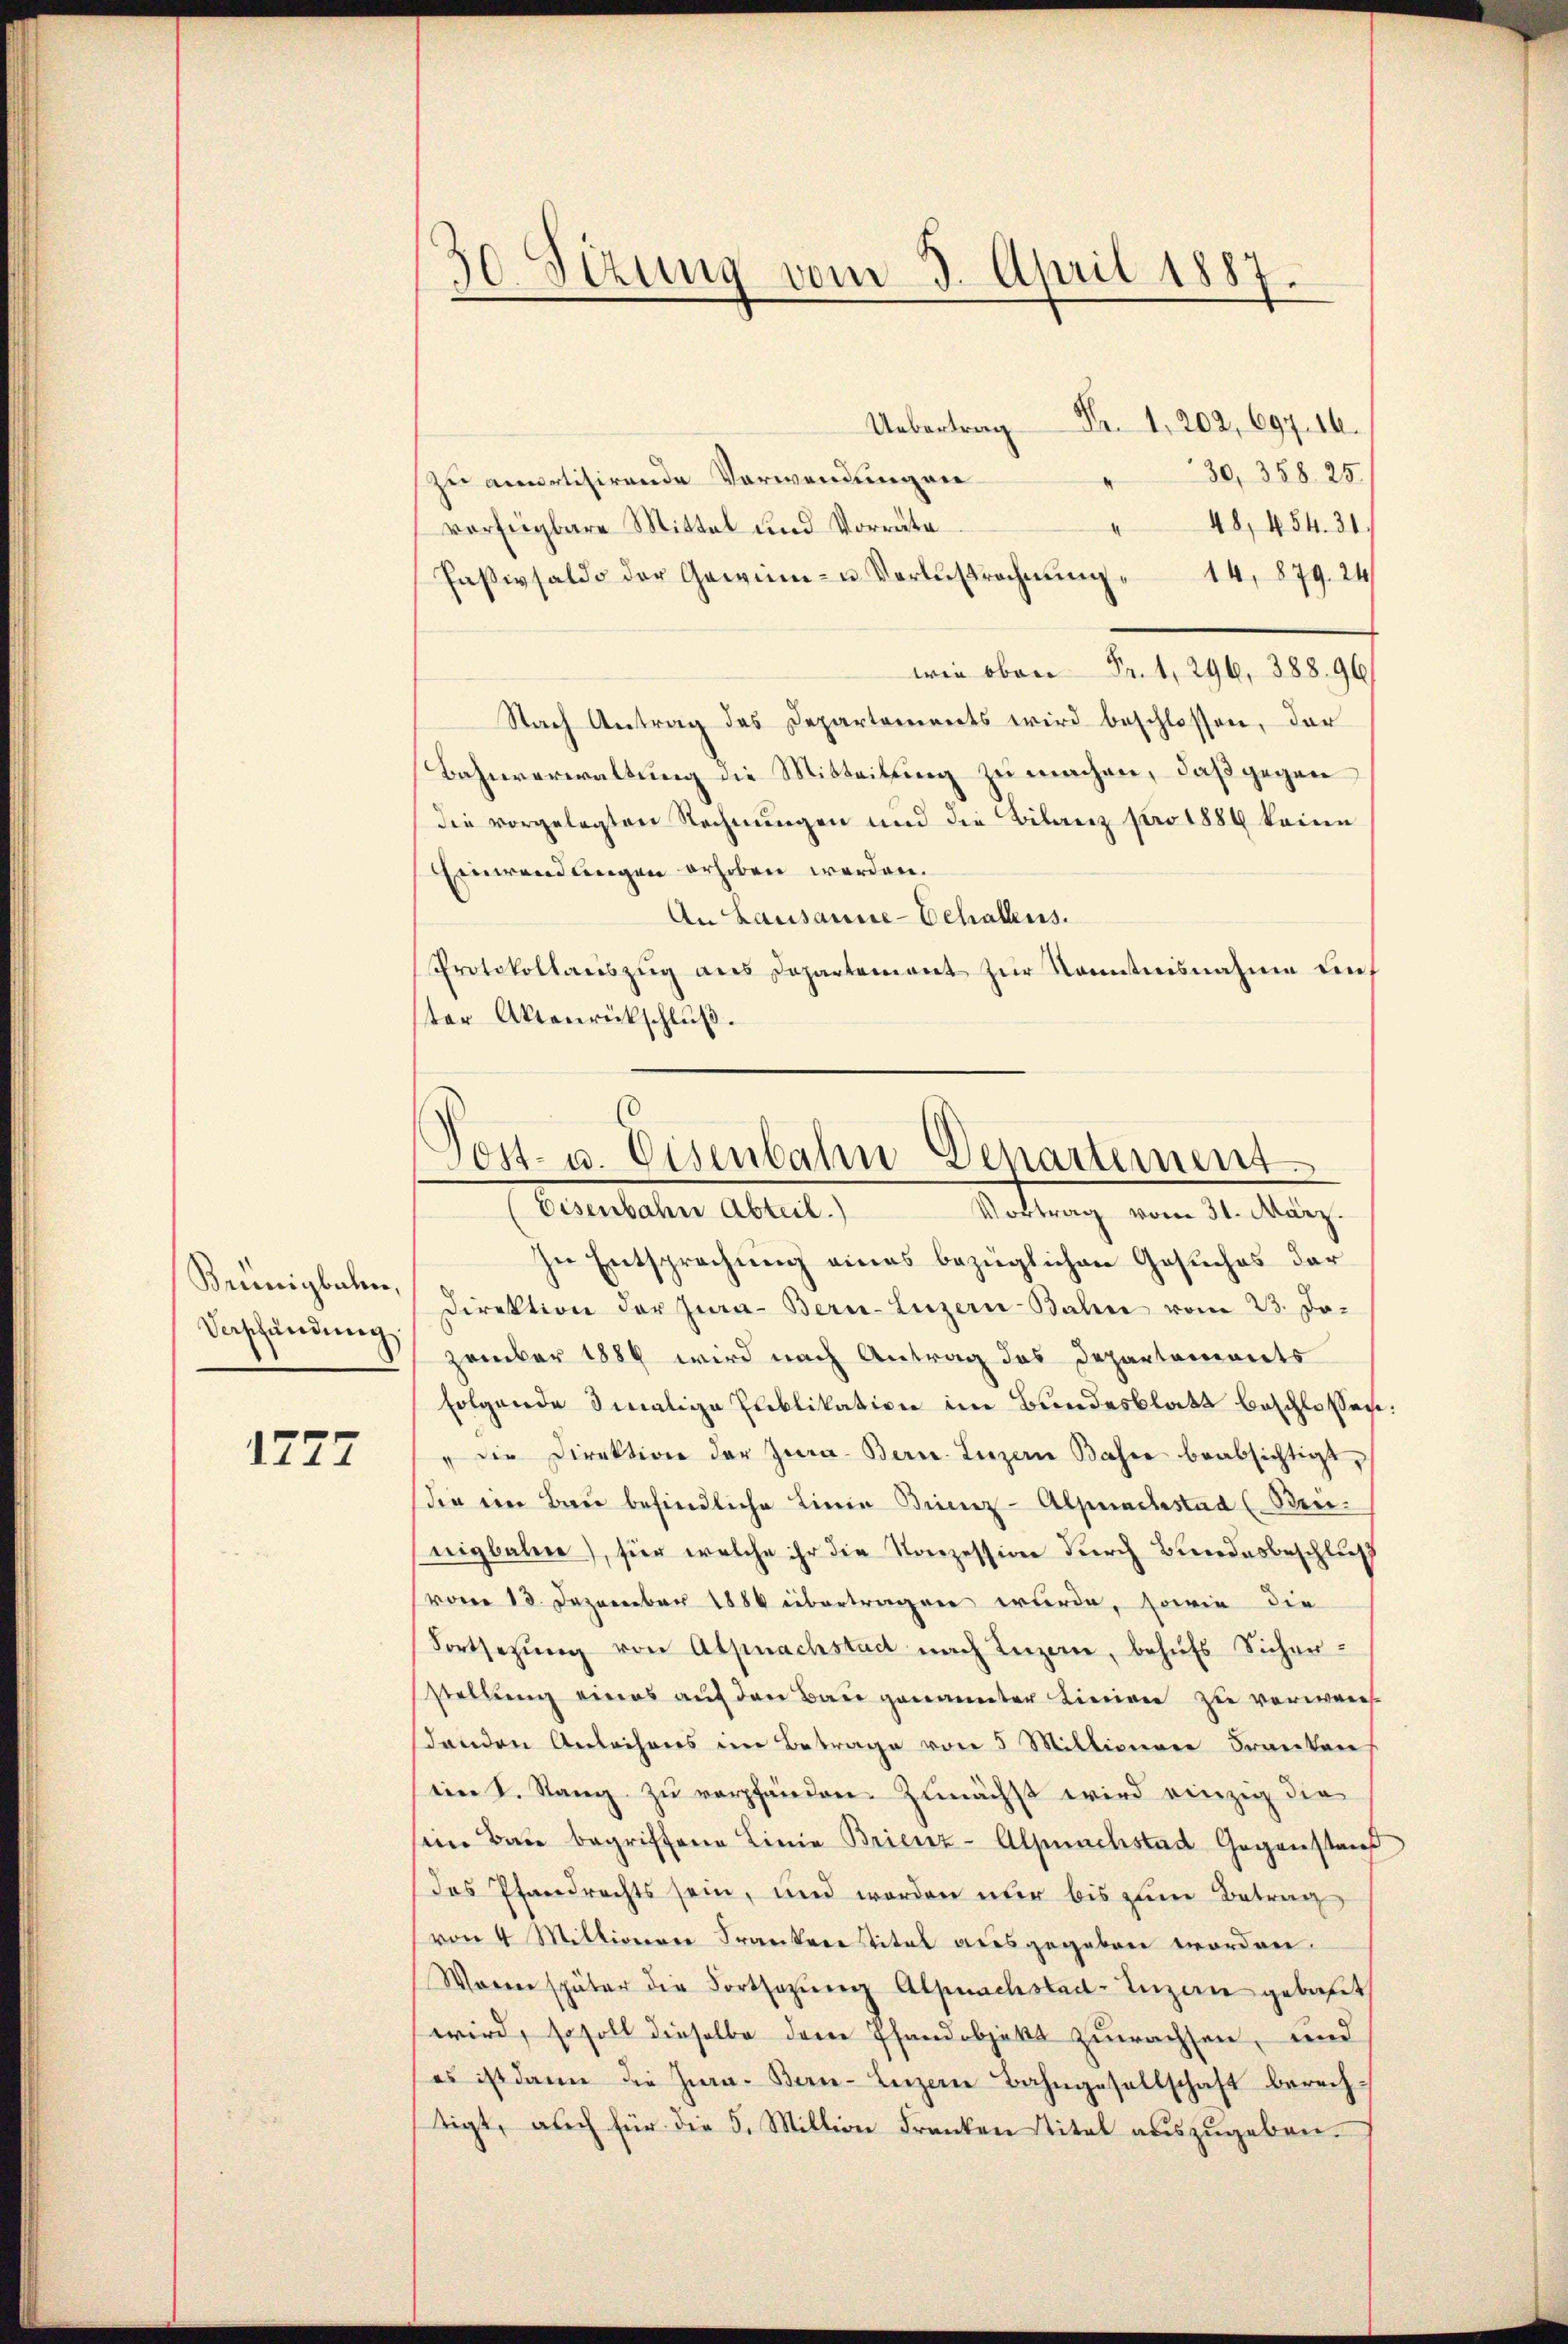
Brünigbalen,
Verschändung.

1277

30. Sezung vom 3. April 1887.

Uebertrag Fr. 1, 202, 697. 10.
30, 358. 25.
zu amortisirende Verwendungen
48, 454. 31.
4
vorfügbare Mittel und Vorräte
Paβivsaldo der Gewinn- u Verlustrechnŭng  14, 879. 24
wie oben Fr. 1, 296, 388, 96
Nach Antrag des Departements wird beschlossen, der
Bahnverwaltung die Mitteilung zu machen, daß gegen
die vorgelegten Rechnungen und die Bilanz pro 1889 keine
Einwendungen erhoben werden.
An Lausanne-Echallens.
Protokollaŭszŭg ans Departement zŭr Kenntnisnahme auf
ster Aktenrückschluß.

Post- u. Eisenbahn Departement
(Gerstehen Altert,
Vortrag vom 31. März.

In Entsprechung eines bezüglichen Gesuches dar¬
Direktion der Jura- Bern-Luzern Bahn vom 23. Jo-
zember 1886 wird nach Antrag des Departements
folgende Imalige Publikation im Bundesblatt beschlossen:
die Direktion der Jura. Bern. Luzern Bahre beabsichtigt,
die ein Bau befindliche Linie Brenz-Alpnachstad (Beieigbahnne), für welche ihr die Konzession durch Bundesbeschluß
vom 18. Dezember 1884 übertragen wurde, sowie die
Fortsetzŭng von Alpnachstadt nach Luzern, behufs Sicher-
stellung eines auf den Bau genannter Linien zu verweis
denden Anleihens im Betrage von 5 Millionen Franken
ein S. Rang zu verpfänden. Zunächst wird einzig die
sein Bau begriffene Linie Brienz-Alpnachstad Gegenstand
das Pfandrechts sein, und worden nur bis zum Betrag
von 4 Millionen Frankere Titel ausgegeben worden.
Waren später die Fortsazung Alpnachstad Luzern gebaut
wird, so soll dieselbe dem Pfandobjekt zuwachsen, und
es ist dann die Zwa. Bau- Luzern Bahngesellschaft berechtigt, auch für die 5. Million Franken Titel auszugeben.